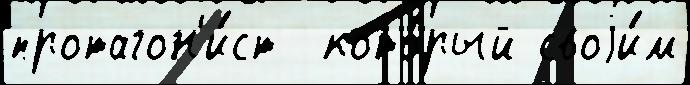
протагон'и́ст  кото́рый своjи́м